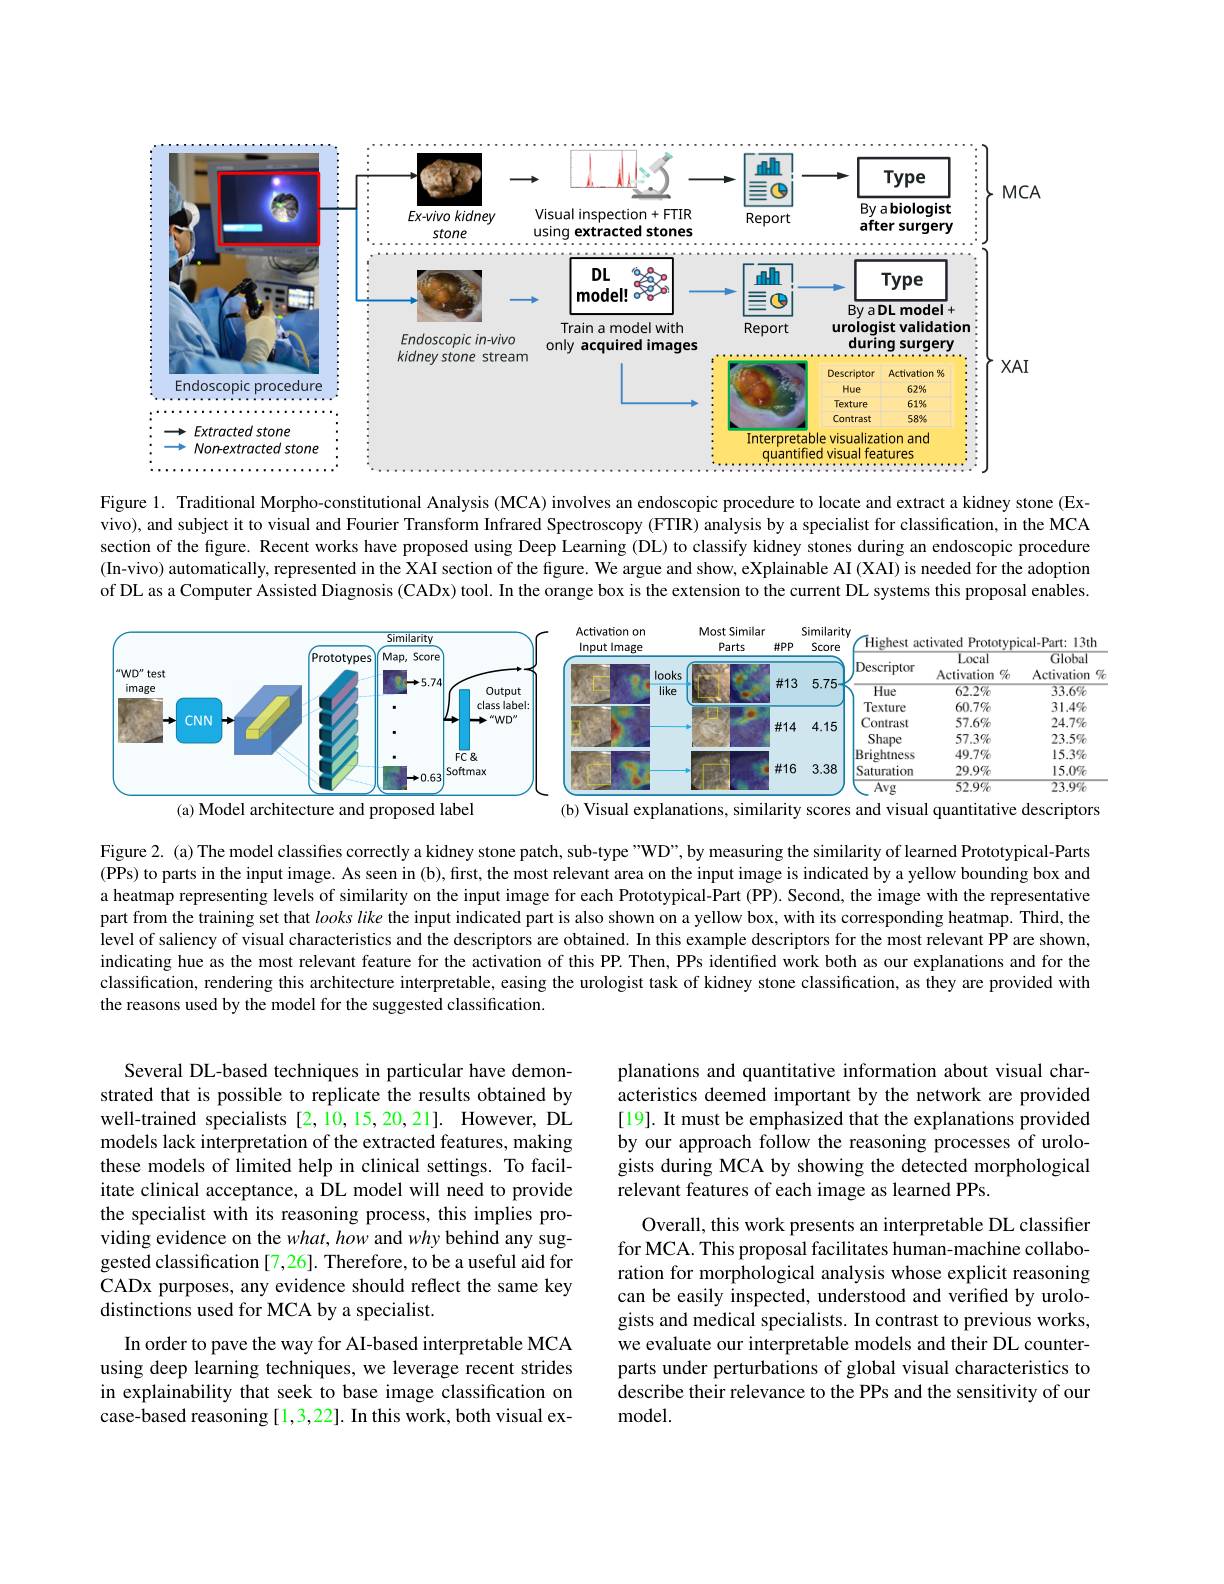
<FigureHere>

Figure 1. Traditional Morpho-constitutional Analysis (MCA) involves an endoscopic procedure to locate and extract a kidney stone (Exvivo), and subject it to visual and Fourier Transform Infrared Spectroscopy (FTIR) analysis by a specialist for classification, in the MCA section of the figure. Recent works have proposed using Deep Learning (DL) to classify kidney stones during an endoscopic procedure (In-vivo) automatically, represented in the XAI section of the figure. We argue and show, eXplainable AI (XAI) is needed for the adoption of DL as a Computer Assisted Diagnosis (CADx) tool. In the orange box is the extension to the current DL systems this proposal enables.

<FigureHere>

Figure 2. (a) The model classifies correctly a kidney stone patch, sub-type"WD”, by measuring the similarity of learned Prototypical-Parts (PPs) to parts in the input image. As seen in (b), first, the most relevant area on the input image is indicated by a yellow bounding box and a heatmap representing levels of similarity on the input image for each Prototypical-Part (PP). Second, the image with the representative part from the training set that looks like the input indicated part is also shown on a yellow box, with its corresponding heatmap. Third, the level of saliency of visual characteristics and the descriptors are obtained. In this example descriptors for the most relevant PP are shown, indicating hue as the most relevant feature for the activation of this PP. Then, PPs identified work both as our explanations and for the classification, rendering this architecture interpretable, easing the urologist task of kidney stone classification, as they are provided with the reasons used by the model for the suggested classification.

Several DL-based techniques in particular have demonstrated that is possible to replicate the results obtained by well-trained specialists [2,10,15,20,21]. However, DL models lack interpretation of the extracted features, making these models of limited help in clinical settings. To facilitate clinical acceptance, a DL model will need to provide the specialist with its reasoning process, this implies providing evidence on the what, how and why behind any suggested classification [7,26]. Therefore, to be a useful aid for CADx purposes, any evidence should reflect the same key distinctions used for MCA by a specialist.

In order to pave the way for AI-based interpretable MCA using deep learning techniques, we leverage recent strides in explainability that seek to base image classification on case-based reasoning[1,3,22]. In this work, both visual ex-

planations and quantitative information about visual characteristics deemed important by the network are provided [19]. It must be emphasized that the explanations provided by our approach follow the reasoning processes of urologists during MCA by showing the detected morphological relevant features of each image as learned PPs.

Overall, this work presents an interpretable DL classifier for MCA. This proposal facilitates human-machine collaboration for morphological analysis whose explicit reasoning can be easily inspected, understood and verified by urologists and medical specialists. In contrast to previous works, we evaluate our interpretable models and their DL counterparts under perturbations of global visual characteristics to describe their relevance to the PPs and the sensitivity of our model.